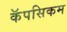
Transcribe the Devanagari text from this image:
कॅपसिकम